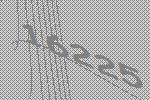
16225